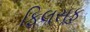
ફિલસૂફ